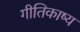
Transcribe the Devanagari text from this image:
गीतिकाष्य